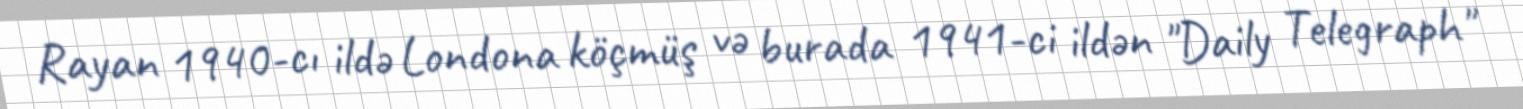
Rayan 1940-cı ildə Londona köçmüş və burada 1941-ci ildən "Daily Telegraph"